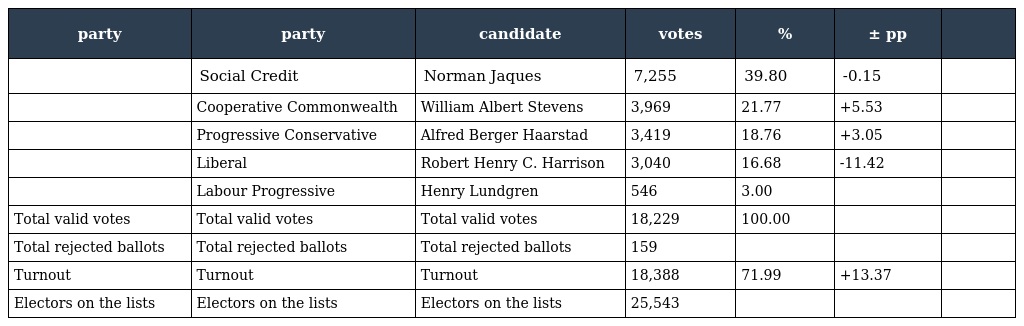
| party | party | candidate | votes | % | ± pp |  |
 | --- | --- | --- | --- | --- | --- | --- |
 |  | Social Credit | Norman Jaques | 7,255 | 39.80 | -0.15 |  |
 |  | Cooperative Commonwealth | William Albert Stevens | 3,969 | 21.77 | +5.53 |  |
 |  | Progressive Conservative | Alfred Berger Haarstad | 3,419 | 18.76 | +3.05 |  |
 |  | Liberal | Robert Henry C. Harrison | 3,040 | 16.68 | -11.42 |  |
 |  | Labour Progressive | Henry Lundgren | 546 | 3.00 |  |  |
 | Total valid votes | Total valid votes | Total valid votes | 18,229 | 100.00 |  |  |
 | Total rejected ballots | Total rejected ballots | Total rejected ballots | 159 |  |  |  |
 | Turnout | Turnout | Turnout | 18,388 | 71.99 | +13.37 |  |
 | Electors on the lists | Electors on the lists | Electors on the lists | 25,543 |  |  |  |